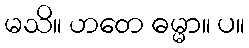
မသိ။ ဟတေ ဓမ္မာ။ ပ။